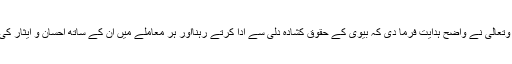
(النساء) یہاں اللہ تبارک وتعالیٰ نے واضح ہدایت فرما دی کہ بیوی کے حقوق کشادہ دلی سے ادا کرتے رہنااور ہر معاملے میں ان کے ساتھ احسان و ایثار کی روِش اختیار کیے رہنا۔